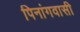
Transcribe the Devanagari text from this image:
पिनांगवासी